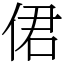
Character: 侰